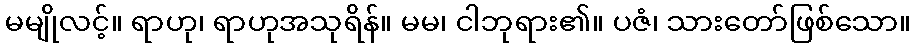
မမျိုလင့်။ ရာဟု၊ ရာဟုအသုရိန်။ မမ၊ ငါဘုရား၏။ ပဇံ၊ သားတော်ဖြစ်သော။